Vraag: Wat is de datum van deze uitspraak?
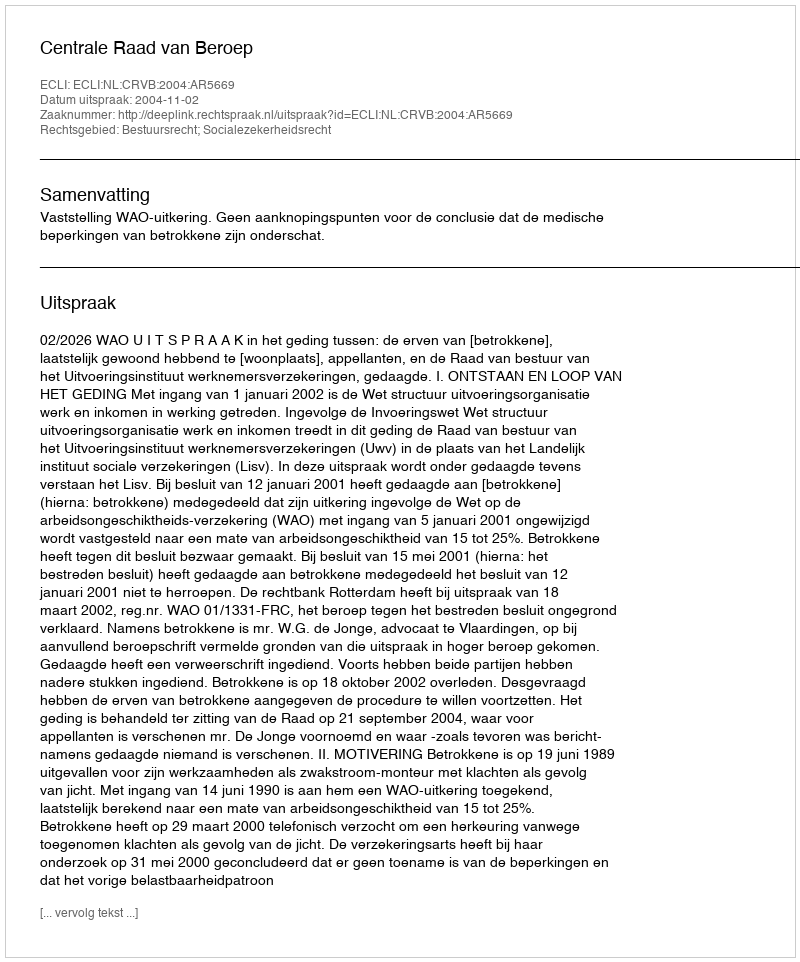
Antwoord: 2004-11-02